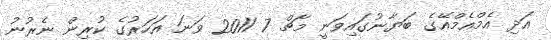
އަދި އެމްއެމްއޭގެ ބަޔާނުގައިވަނީ މާޗް 7 2011 ވަނަ އަހަރުގެ ކުރިން ނެރުނު